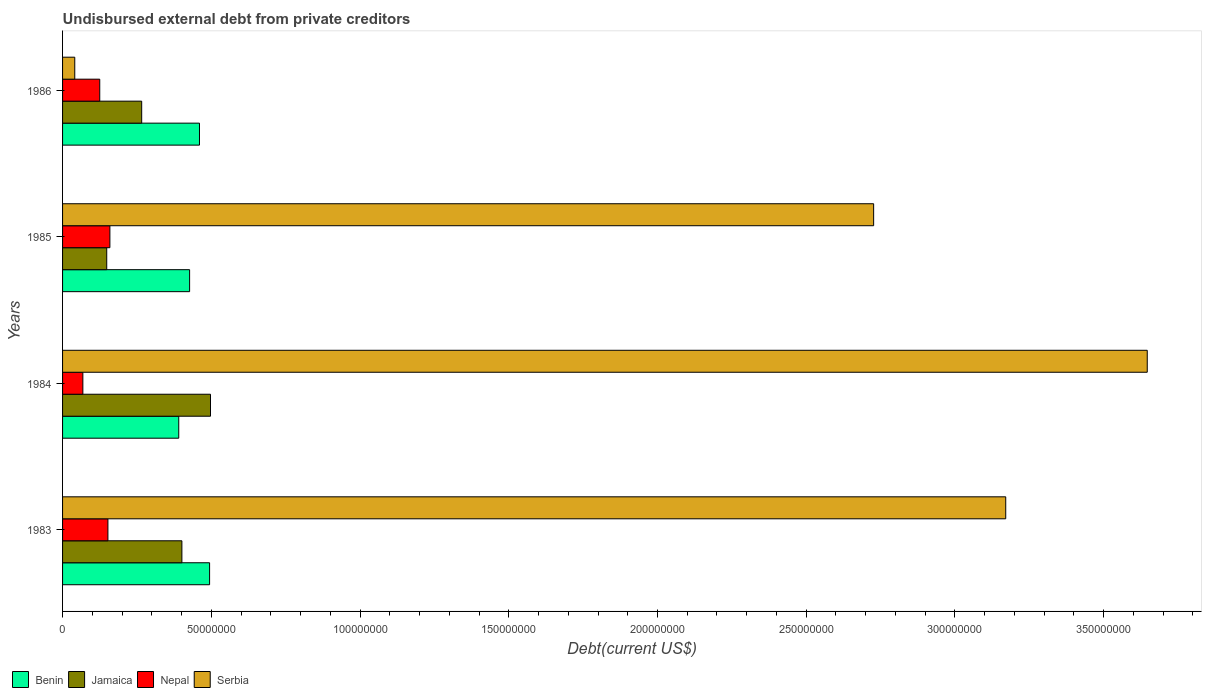
| Years | Benin | Jamaica | Nepal | Serbia |
 | --- | --- | --- | --- | --- |
 | 1983 | 4.94e+07 | 4.01e+07 | 1.52e+07 | 3.17e+08 |
 | 1984 | 3.91e+07 | 4.97e+07 | 6.82e+06 | 3.65e+08 |
 | 1985 | 4.27e+07 | 1.49e+07 | 1.59e+07 | 2.73e+08 |
 | 1986 | 4.6e+07 | 2.66e+07 | 1.25e+07 | 4.1e+06 |